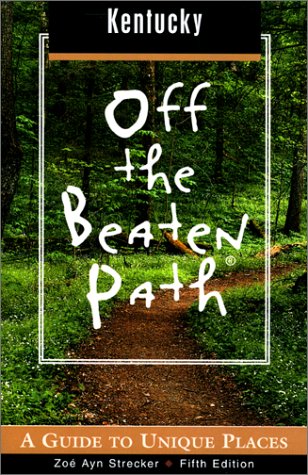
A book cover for Kentucky Off the Beaten Path, 5th: A Guide to Unique Places (Off the Beaten Path Series); Zoe Ayn Strecker; Travel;